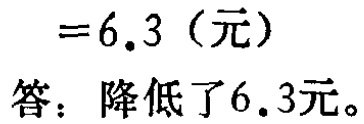
$=6.3（元）$

答：降低了6.3元。